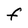
Character: F